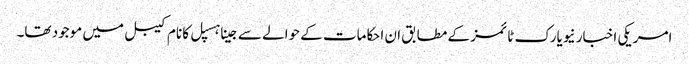
امریکی اخبار نیویارک ٹائمز کے مطابق ان احکامات کے حوالے سےجینا ہسپل کا نام کیبل میں موجود تھا۔